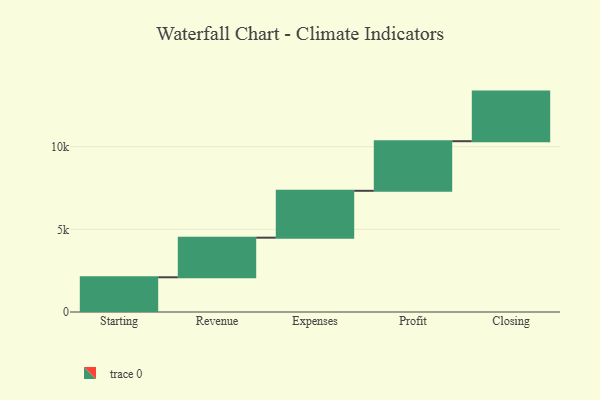
{"axis": {"x": "Step", "y": "Value"}, "legend": [""], "data": [{"x": "Starting", "y": 2100.0, "type": ""}, {"x": "Revenue", "y": 2395.0, "type": ""}, {"x": "Expenses", "y": 2835.0, "type": ""}, {"x": "Profit", "y": 3000, "type": ""}, {"x": "Closing", "y": 3000, "type": ""}]}